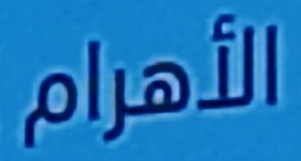
الأهرام